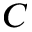
C